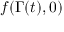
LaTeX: f ( \Gamma ( t ) , 0 )